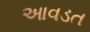
આવડત